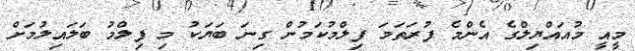
މީއީ މުއައްޔިލްގެ އެންމެ ފުރަތަމަ ފިލްމުކަމުން ގިނަ ބަޔަކު މި ފިލްމު ބަލައިލުމަށް